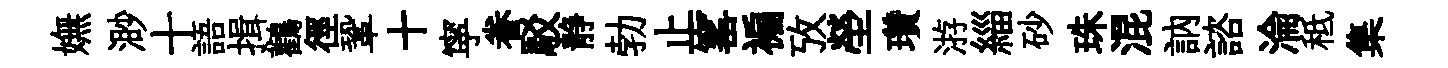
嫵渺十語揖鸛徑鞏十寜眷駁静勃止窰褊攷塋瓚㳺緇砂珠混訥諮淪秪集